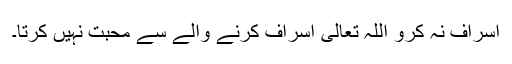
اسراف نہ کرو اللہ تعالیٰ اسراف کرنے والے سے محبت نہیں کرتا۔